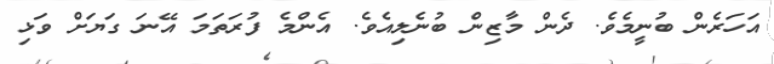
އަހަރެން ބުނީމެވެ. ދެން މާޒިން ބުނެލިއެވެ. އެންމެ ފުރަތަމަ އޭނަ ގަޔަށް ވަޅި